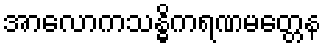
အာလောကသန္ဓိကရဏမတ္တေန